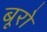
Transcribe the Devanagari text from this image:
बूरो